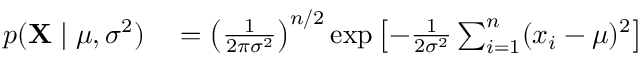
\begin{array} { r l } { p ( \mathbf { X } \mid \mu , \sigma ^ { 2 } ) } & { { } = \left( { \frac { 1 } { 2 \pi \sigma ^ { 2 } } } \right) ^ { n / 2 } \exp \left[ - { \frac { 1 } { 2 \sigma ^ { 2 } } } \sum _ { i = 1 } ^ { n } ( x _ { i } - \mu ) ^ { 2 } \right] } \end{array}